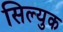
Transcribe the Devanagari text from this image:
सिल्युक